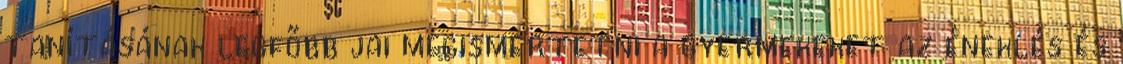
tanításának legfőbb jai megismertetni a gyermekeket az éneklés és